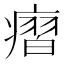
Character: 㿇